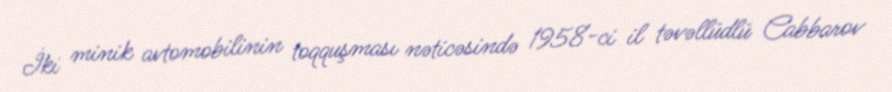
İki minik avtomobilinin toqquşması nəticəsində 1958-ci il təvəllüdlü Cabbarov